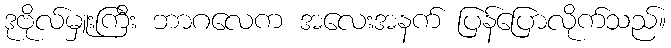
ဒုဗိုလ်မှူးကြီး ဘာဂလေက အလေးအနက် ပြန်ပြောလိုက်သည်။